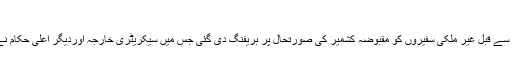
غیر ملکی سفیروں کو بریفنگ
دفتر خارجہ میں ہفتہ وار بریفنگ سے قبل غیر ملکی سفیروں کو مقبوضہ کشمیر کی صورتحال پر بریفنگ دی گئی جس میں سیکریٹری خارجہ اوردیگر اعلیٰ حکام نے غیر ملکی سفیروں کوبریف کیا۔